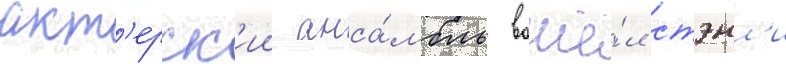
акт'ерск'ии анса́мбль вошё́л стэнл'и